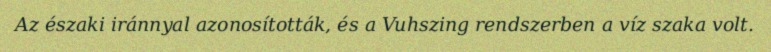
Az északi iránnyal azonosították, és a Vuhszing rendszerben a víz szaka volt.